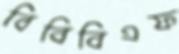
বিবিবিএফ